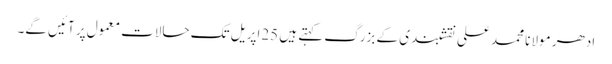
ادھر مولانا محمد علی نقشبندی کے بزرگ کہتے ہیں 25اپریل تک حالات معمول پر آئیں گے۔